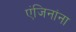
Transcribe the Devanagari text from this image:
एंजिनांना